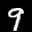
Label: 9